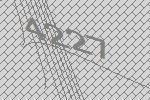
4227